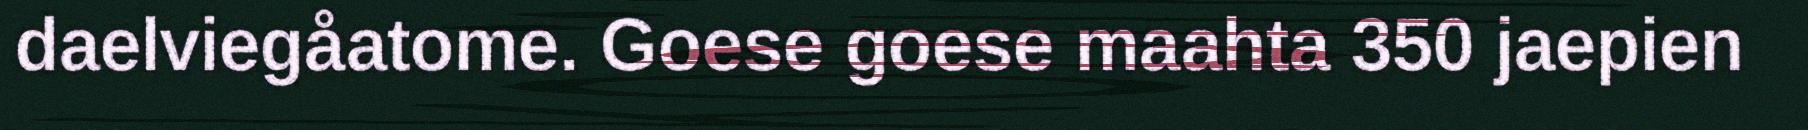
daelviegåatome. Goese goese maahta 350 jaepien